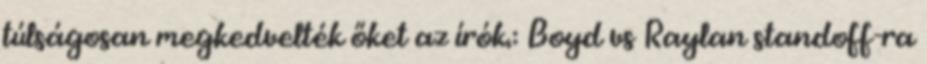
túlságosan megkedvelték őket az írók.: Boyd vs Raylan standoff-ra